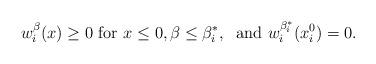
LaTeX: \begin{align*}w_i^\beta(x)\geq 0 \mbox{ for } x\leq 0, \beta\leq \beta_i^*,\; \mbox{ and } w_i^{\beta_i^*}(x_i^0)=0.\end{align*}